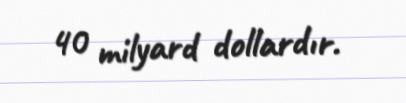
40 milyard dollardır.